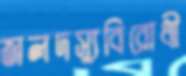
জলদস্যুবিরোধী